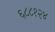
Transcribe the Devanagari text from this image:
६८८१२४